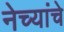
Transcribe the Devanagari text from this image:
नेच्यांचे